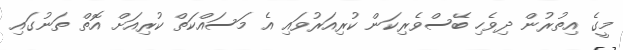
މީގެ އިތުރުން ދިވެހި ބޭސްވެރިކަން ކުރިއަރުވައި އެ މަސައްކަތް ކުރިއަށް އޮތް ތަނުގައި